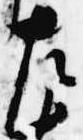
左